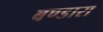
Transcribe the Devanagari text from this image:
बण्डारा